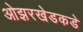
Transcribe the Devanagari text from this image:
ओझरखेडकडे